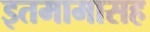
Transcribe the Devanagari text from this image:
इतमामासह